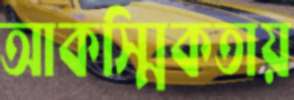
আকস্মিকতায়